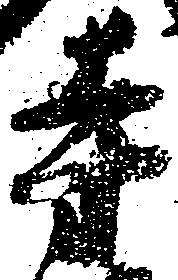
寺